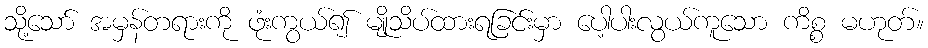
သို့သော် အမှန်တရားကို ဖုံးကွယ်၍ မျိုသိပ်ထားရခြင်းမှာ ပေါ့ပါးလွယ်ကူသော ကိစ္စ မဟုတ်။